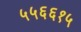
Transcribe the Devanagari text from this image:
५५६६१५